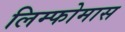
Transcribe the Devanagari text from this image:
लिम्‍फोमास